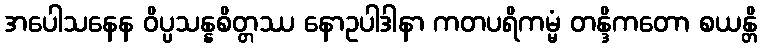
အပေါသနေန ဝိပ္ပသန္နစိတ္တဿ နောဥပါဒါနာ ကတပရိကမ္မံ တန္ဒိကတော စယန္တိ